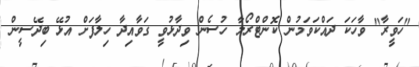
"ހަވީރާ" ވާހަކަ ދައްކަވަމުން ކޮންޓްރޯލާ ހުސެން ވިދާޅުވީ ގަވާއިދާ ހިލާފަށް އުޅޭ ބިދޭސީން